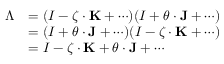
{ \begin{array} { r l } { \Lambda } & { = ( I - { \boldsymbol { \zeta } } \cdot \mathbf { K } + \cdots ) ( I + { \boldsymbol { \theta } } \cdot \mathbf { J } + \cdots ) } \\ & { = ( I + { \boldsymbol { \theta } } \cdot \mathbf { J } + \cdots ) ( I - { \boldsymbol { \zeta } } \cdot \mathbf { K } + \cdots ) } \\ & { = I - { \boldsymbol { \zeta } } \cdot \mathbf { K } + { \boldsymbol { \theta } } \cdot \mathbf { J } + \cdots } \end{array} }